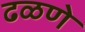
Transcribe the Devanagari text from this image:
ढळणे